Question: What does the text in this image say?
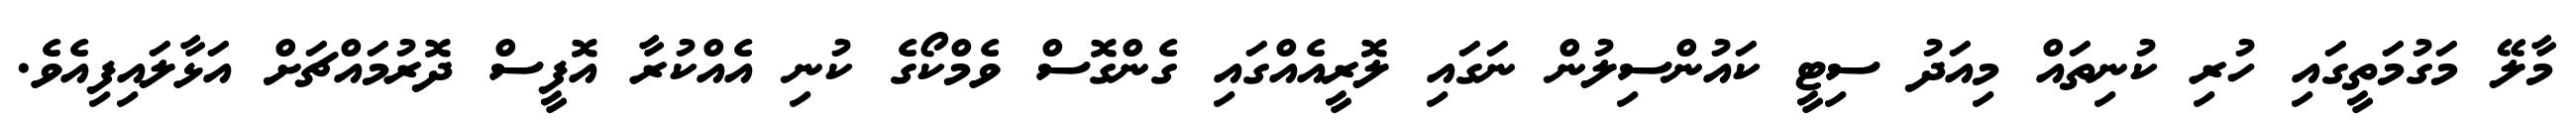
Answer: މާލޭ މަގުމަތީގައި ހުރި ކުނިތައް މިއަދު ސިޓީ ކައުންސިލުން ނަގައި ލޮރީއެއްގައި ގެންގޮސް ވެމްކޯގެ ކުނި އެއްކުރާ އޮފީސް ދޮރުމައްޗަށް އަޅާލައިފިއެވެ.